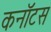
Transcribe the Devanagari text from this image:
कनॉटस